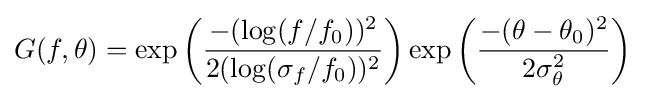
G(f,\theta )=\exp \left({\frac {-(\log(f/f_{0}))^{2}}{2(\log(\sigma _{f}/f_{0}))^{2}}}\right)\exp \left({\frac {-(\theta -\theta _{0})^{2}}{2\sigma _{\theta }^{2}}}\right)